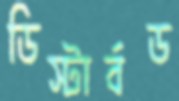
ডিস্টার্বড